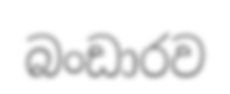
බංඩාරව